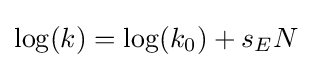
\log(k)=\log(k_{0})+s_{E}N